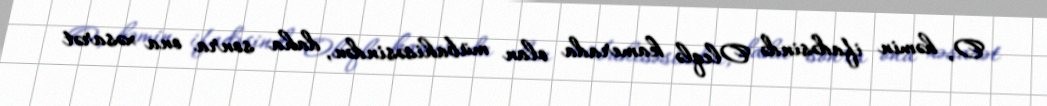
O, həmin ifadəsində Oleqlə kamerada olan mübahisəsindən, daha sonra ona xəsarət